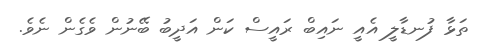
ތަޅާ ފުނޑާލީ އެއީ ނައިބް ރައީސް ކަން އަދީބު ބޭނުން ވެގެން ނެވެ.